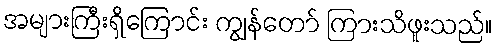
အများကြီးရှိကြောင်း ကျွန်တော် ကြားသိဖူးသည်။